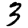
Digit: 3